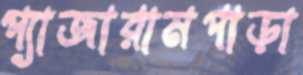
প্যাজারামপাড়া